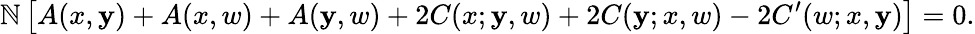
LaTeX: \mathbb{N}\, \bigl[A(x,\mathbf{y})+A(x,w)+A(\mathbf{y},w)+2C(x;\mathbf{y},w)+2C(\mathbf{y};x,w)-2C^{\prime}(w;x,\mathbf{y})\bigr]=0.